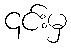
၎င်းမှ